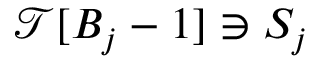
\mathcal { T } [ B _ { j } - 1 ] \ni S _ { j }